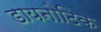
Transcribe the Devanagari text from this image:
डायनोटिक